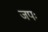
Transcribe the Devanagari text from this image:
जपः